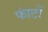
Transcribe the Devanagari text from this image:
फांटों